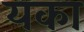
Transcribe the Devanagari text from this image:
यका